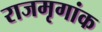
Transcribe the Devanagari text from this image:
राजमृगांक